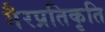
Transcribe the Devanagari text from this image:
गैरप्रतिकृति